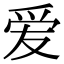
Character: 爱